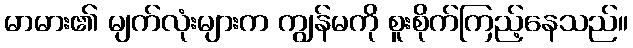
မာမား၏ မျက်လုံးများက ကျွန်မကို စူးစိုက်ကြည့်နေသည်။